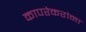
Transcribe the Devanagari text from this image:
कापरेकरांना